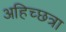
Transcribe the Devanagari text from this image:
अहिच्छत्रा